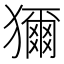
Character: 獮